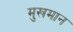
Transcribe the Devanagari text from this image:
मुखमान